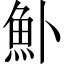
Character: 𬵂